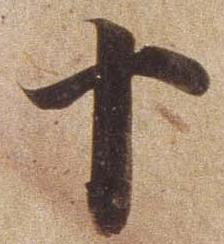
十